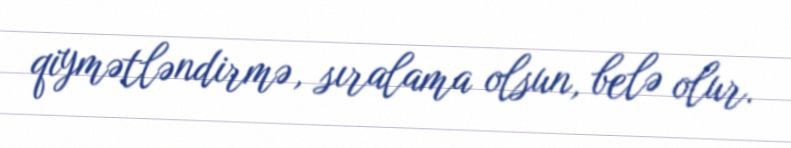
qiymətləndirmə, sıralama olsun, belə olur.